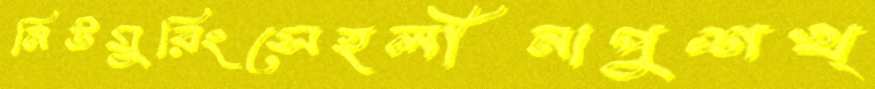
নিউমুরিংসেহলীনাপুশখ্